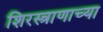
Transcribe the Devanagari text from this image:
शिरस्त्राणाच्या